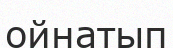
ойнатып